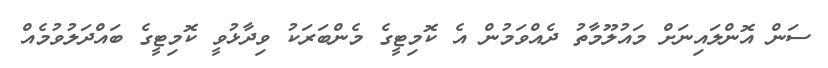
ސަން އޮންލައިނަށް މައުލޫމާތު ދެއްވަމުން އެ ކޮމިޓީގެ މެންބަރަކު ވިދާޅުވީ ކޮމިޓީގެ ބައްދަލުވުމެއް